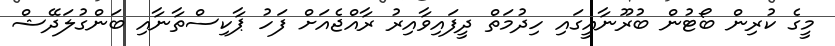
މީގެ ކުރިން ބޯޓުން ބުރޫނާއީގައި ހިދުމަތް ދީފައިވާއިރު ރާއްޖެއަށް ފަހު ޕާކިސްތާނާއި ބަންގުލަދޭޝް